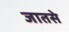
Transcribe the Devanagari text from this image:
जातसे